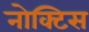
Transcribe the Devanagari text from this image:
नोक्टिस